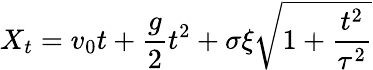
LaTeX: X_{t}=v_{0}t+\frac{g}{2}t^{2}+\sigma\xi\sqrt{1+\frac{t^{2}}{\tau^{2}}}